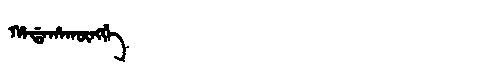
Manchu: ᡥᠠᡩᠠᡥᠠᡴᡡᠩᡤᡝ
Romanization: HADAHAKŪNGGE